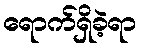
ရောက်ရှိခဲ့ရာ